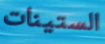
الستينات